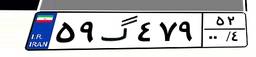
۵۹گ۴۷۹۵۲